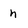
Character: n